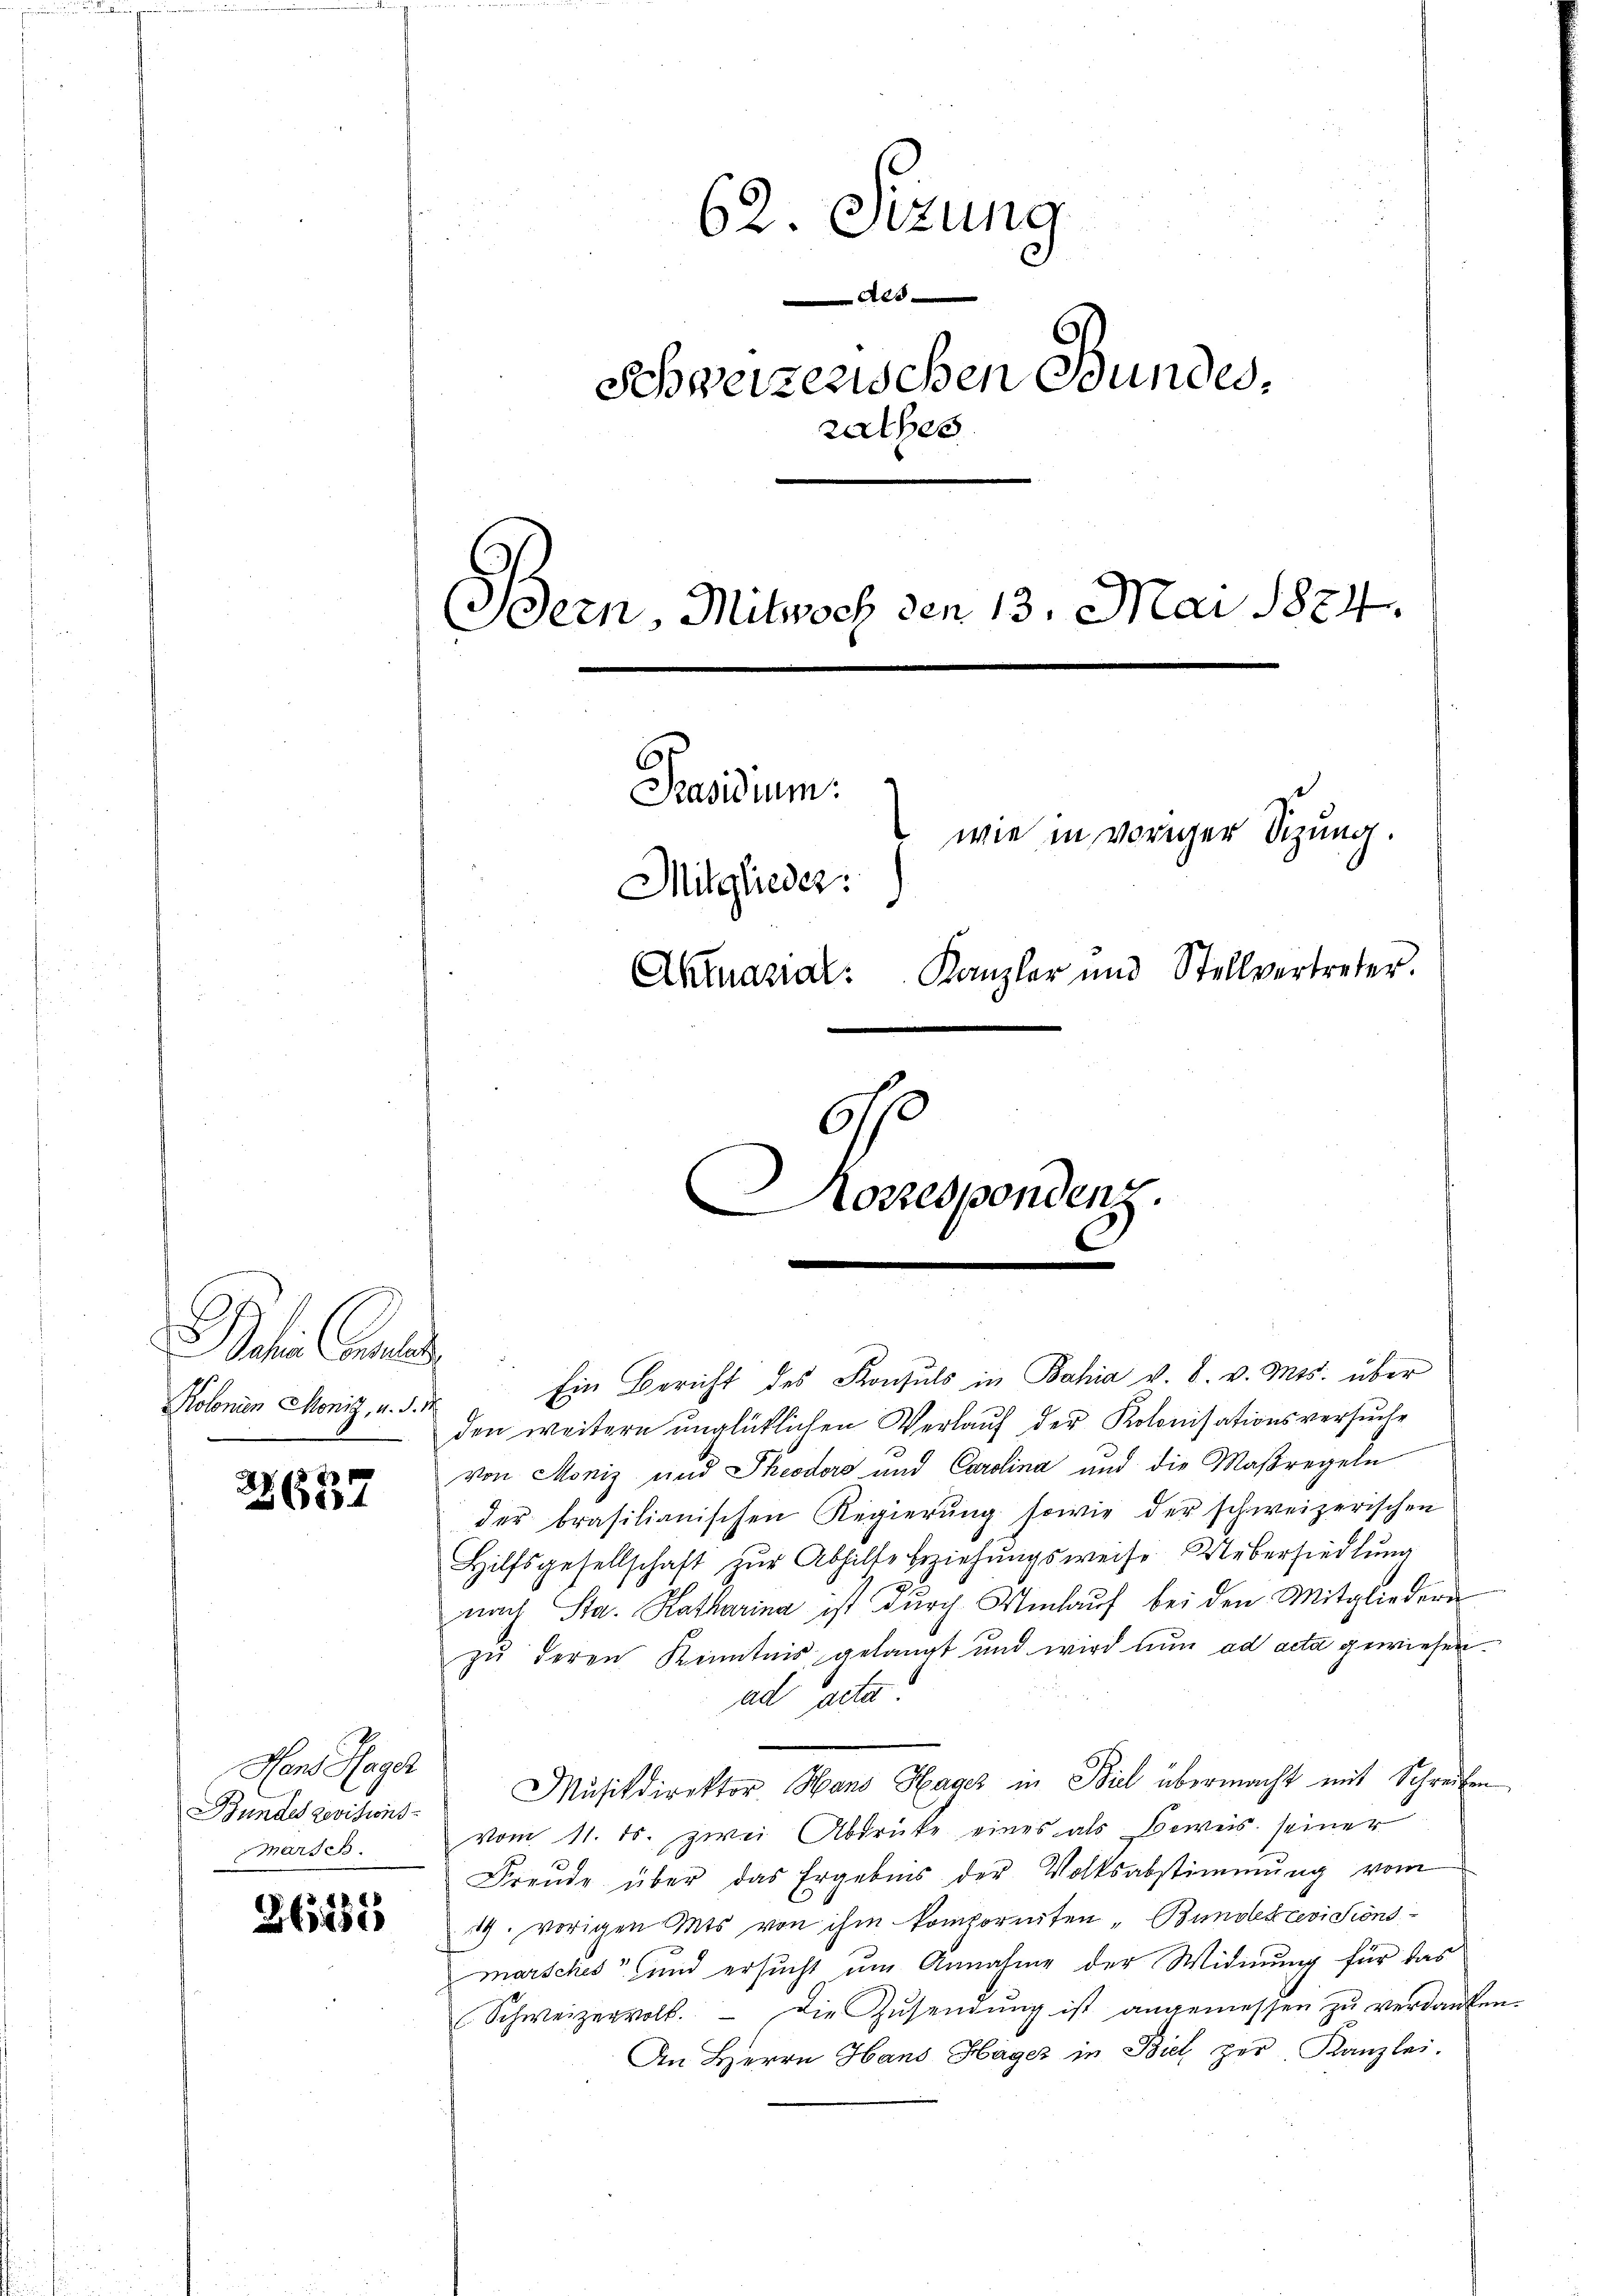
d
2604

Hans Hager
Bundes revisionsmarsch

36,685

62. Sizung
A
Schweizerischen Bundes,
salbes
Bern, Mitwoch den 13. Mai 1824.
Pasidium.
wie in voriger Sitzung.
Mitglieder:
Kanzler und Stellvertreter.
Aktuarial
60
Korrespondenz

Batin Geld
Kolonien Monig, u. d. M.

Ein Bericht des Konsuls in Bahia v. 8. v. Mts. über
den weitern unglüklichen Verlauf der Kolonisationsversuche
von Moniz und Theodoro und Carolina und die Maßregeln
der brasilianischen Regierŭng sowie der schweizerischen
Hilfsgesellschaft zŭr Abhilte beziehungsweise Uebersiedlung
nach Sta. Katharina ist durch Umlauf bei den Mitgliedern
zŭ deren Kenntnis gelangt und wird nun ad acta gewiesen.
ad acta.
Musikdirektor Hans Hages in Biel übermacht mit Schreiben
vom 11. ds. zwei Abdrücke eines als Beweis seiner
Freude über das Ergebnis der Volksabstimmung vom
19. vorigen Mts. von ihm kompornten „Bundesrevisions-
marsches und ersucht um Annahme der Widmung für das
Schweizervoll. Die Zŭsendŭng ist angemessen zŭ verdanken.
An Herrn Hans Häger in Biel zur Kanzlei.